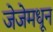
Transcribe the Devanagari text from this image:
जेजेमधून